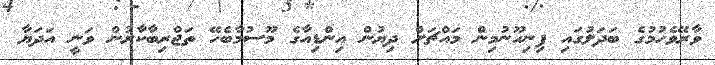
ވާރޭވެހުމުގެ ބަދަލުގައި ފިނިހޫނުމިން މައްޗަށް ދިޔުން އިންޑިއާގެ މޫސުމާބެހޭ ތަޖްރިބާކާރުން ވަނީ އަދަޔާ